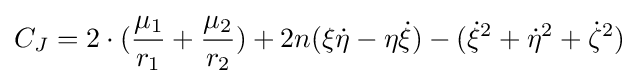
C_{J}=2\cdot ({\frac {\mu _{1}}{r_{1}}}+{\frac {\mu _{2}}{r_{2}}})+2n(\xi {\dot {\eta }}-\eta {\dot {\xi }})-({\dot {\xi }}^{2}+{\dot {\eta }}^{2}+{\dot {\zeta }}^{2})